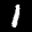
Label: 1